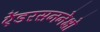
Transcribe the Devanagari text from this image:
ऐंडरसननेक्षो